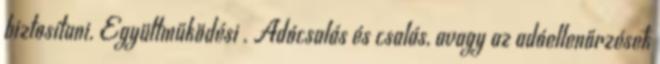
biztosítani. Együttműködési . Adócsalás és csalás, avagy az adóellenőrzések